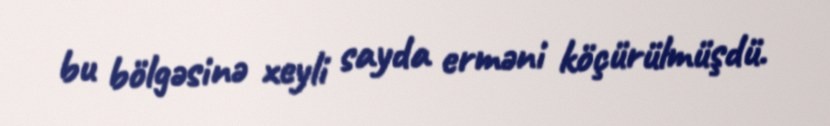
bu bölgəsinə xeyli sayda erməni köçürülmüşdü.